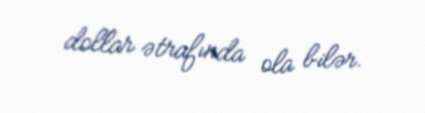
dollar ətrafında ola bilər.